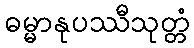
ဓမ္မာနုပဿီသုတ္တံ